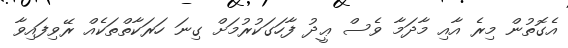
އެގޮތުން މިރެ އާއި މާދަމާ ވެސް ޢީދު ފާހަގަކުރުމަށް ގިނަ ހަރަކާތްތަކެއް ރޭވިފައިވާ